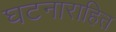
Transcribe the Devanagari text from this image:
घटनाराहित